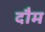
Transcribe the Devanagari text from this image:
दौम